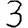
Digit: 3